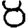
Digit: 8